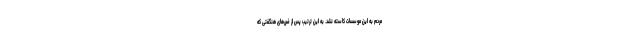
مردم به این موسسات کاسته نشد. به این ترتیب پس از ضررهای هنگفتی که